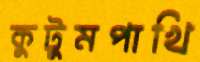
কুটুমপাখি